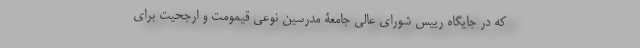
که در جایگاه رییس شورای عالی جامعۀ مدرسین نوعی قیمومَت و ارجحیت برای